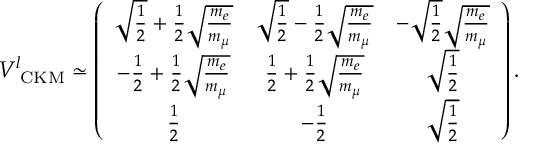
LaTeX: V _ { \mathrm { \tiny ~ C K M } } ^ { l } \simeq \left( \begin{array} { c c c } { { \sqrt { \frac { 1 } { 2 } } + \frac { 1 } { 2 } \sqrt { \frac { m _ { e } } { m _ { \mu } } } } } & { { \sqrt { \frac { 1 } { 2 } } - \frac { 1 } { 2 } \sqrt { \frac { m _ { e } } { m _ { \mu } } } } } & { { - \sqrt { \frac { 1 } { 2 } } \sqrt { \frac { m _ { e } } { m _ { \mu } } } } } \\ { { - \frac { 1 } { 2 } + \frac { 1 } { 2 } \sqrt { \frac { m _ { e } } { m _ { \mu } } } } } & { { \frac { 1 } { 2 } + \frac { 1 } { 2 } \sqrt { \frac { m _ { e } } { m _ { \mu } } } } } & { { \sqrt { \frac { 1 } { 2 } } } } \\ { { \frac { 1 } { 2 } } } & { { - \frac { 1 } { 2 } } } & { { \sqrt { \frac { 1 } { 2 } } } } \end{array} \right) .